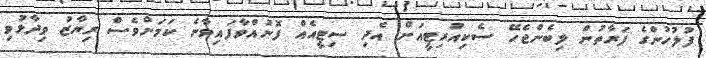
ފުލުހުންގެ ފަރާތުން ލިބެންޖެހޭ ސެކިއުރިޓީއަށް އެދި ސިޓީއެއް ފޮނުއްވާފައިވާނެ ކަމަށްވެސް ރިޔާޒު ވިދާޅުވި